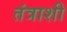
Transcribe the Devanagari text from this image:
तंत्राशी